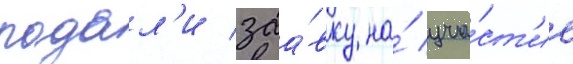
подал'и заа́вку на́ уча́ст'ие